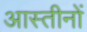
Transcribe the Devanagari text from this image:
आस्तीनों